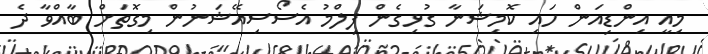
މިއީ އިންޑިއަން ހައި ކޮމިޝަނާ ގުޅިގެން ފިލްމު އެސޯސިއޭޝަނުން މިގޮތަށް ބާއްވާ ދެ